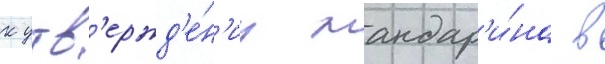
к утв'ержд'е́н'иу мандар'и́на в